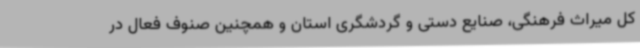
کل میراث فرهنگی، صنایع دستی و گردشگری استان و همچنین صنوف فعال در